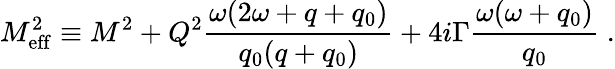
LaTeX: M_{\mathrm{eff}}^{2}\equiv M^{2}+Q^{2}{\frac{\omega(2\omega+q+q_{0})}{q_{0}(q+q_{0})}}+4i\Gamma{\frac{\omega(\omega+q_{0})}{q_{0}}}\; .